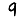
Digit: 9